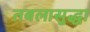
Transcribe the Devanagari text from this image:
तबलासुद्धा